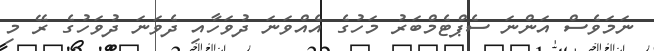
ނަމަވެސް އަންނަ ސެޕްޓެމްބަރު މަހުގެ އެއްވަނަ ދުވަހާއި ދެވަނަ ދުވަހުގެ ރޭ މި